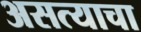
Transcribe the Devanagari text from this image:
असत्याचा